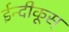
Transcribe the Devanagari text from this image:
ईन्दीकूस्